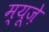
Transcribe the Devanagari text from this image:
म्यूज़े